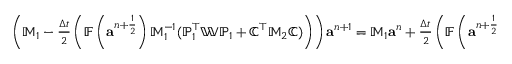
\begin{array} { r } { \left( \mathbb { M } _ { 1 } - \frac { \Delta t } { 2 } \left( \mathbb { F } \left( { \mathbf a } ^ { n + \frac { 1 } { 2 } } \right) \mathbb { M } _ { 1 } ^ { - 1 } ( { \mathbb P } _ { 1 } ^ { \top } \mathbb { W } { \mathbb P } _ { 1 } + { \mathbb C } ^ { \top } \mathbb { M } _ { 2 } { \mathbb C } ) \right) \right) { \mathbf a } ^ { n + 1 } = \mathbb { M } _ { 1 } { \mathbf a } ^ { n } + \frac { \Delta t } { 2 } \left( \mathbb { F } \left( { \mathbf a } ^ { n + \frac { 1 } { 2 } } \right) \mathbb { M } _ { 1 } ^ { - 1 } ( { \mathbb P } _ { 1 } ^ { \top } \mathbb { W } { \mathbb P } _ { 1 } + { \mathbb C } ^ { \top } \mathbb { M } _ { 2 } { \mathbb C } ) \right) { \mathbf a } ^ { n } - \mathbb { F } \left( { \mathbf a } ^ { n + \frac { 1 } { 2 } } \right) \mathbb { M } _ { 1 } ^ { - 1 } { \mathbb P } _ { 1 } ^ { \top } \mathbb { W } { \mathbf P } ^ { n } . } \end{array}